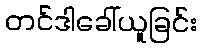
တင်ဒါခေါ်ယူခြင်း